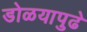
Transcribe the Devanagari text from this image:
डोळयापुढे